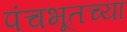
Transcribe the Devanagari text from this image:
पंचभूतच्या